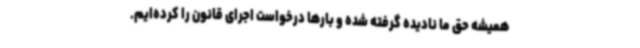
همیشه حق ما نادیده گرفته شده و بارها درخواست اجرای قانون را کرده‌ایم.